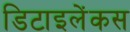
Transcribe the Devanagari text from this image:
डिटाइलेंकस